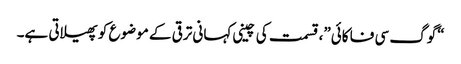
“گوگ سی فا کائی”، قسمت کی چینی کہانی ترقی کے موضوع کو پھیلاتی ہے۔